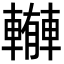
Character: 𨎼